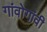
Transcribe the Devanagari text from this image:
गांवोगांवी